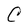
Character: C